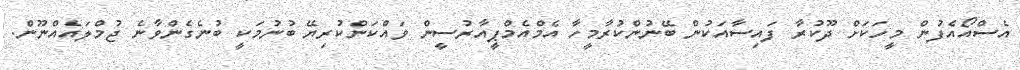
އެސްއޯއެފުން މީހަކަށް ދޫކުރާ ފައިސާއަކުން ބޭނުންކުރާމީހާ އެމްއެމްޕީއާރުސީން ވައްކަންކުރިޔޭ ބުނުމަކީ ބުނެގެންވާނެ ޖުމްލައެއްނޫން.